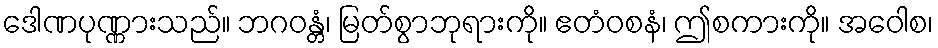
ဒေါဏပုဏ္ဏားသည်။ ဘဂဝန္တံ၊ မြတ်စွာဘုရားကို။ ဧတံဝစနံ၊ ဤစကားကို။ အဝေါစ၊